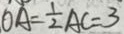
O A = \frac { 1 } { 2 } A C = 3